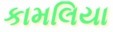
કામલિયા